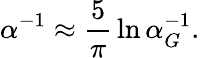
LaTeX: \alpha^{-1}\approx{\frac{5}{\pi}}\ln{\alpha_{G}^{-1}}.